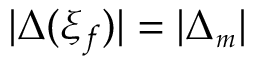
| \Delta ( \xi _ { f } ) | = | \Delta _ { { \scriptscriptstyle m } } |